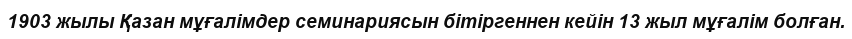
1903 жылы Қазан мұғалімдер семинариясын бітіргеннен кейін 13 жыл мұғалім болған.